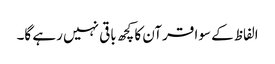
الفاظ کے سوا قرآن کا کچھ باقی نہیں رہے گا۔